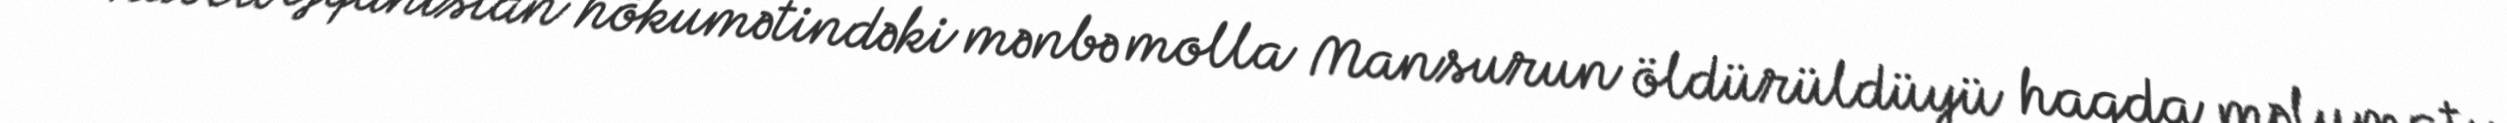
Habelə Əfqanıstan hökumətindəki mənbə molla Mansurun öldürüldüyü haqda məlumatı